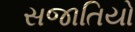
સજાતિયો